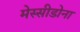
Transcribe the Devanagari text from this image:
मेस्सीडोना